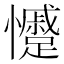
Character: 𭟣